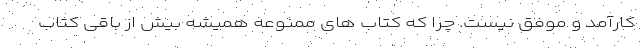
کارآمد و موفق نیست. چرا که کتاب های ممنوعه همیشه بیش از باقی کتاب